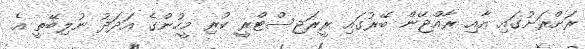
ރަށްރަށުގައި އާއި ރާއްޖޭން ބޭރުގައި ރީރަޖިސްޓްރީ ކުރި މީހުންގެ އަދަދު ނުލިބޭތީ އެ